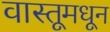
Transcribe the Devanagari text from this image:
वास्तूमधून